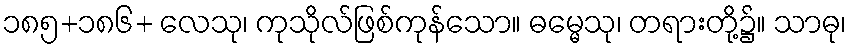
၁၈၅+၁၈၆+ လေသု၊ ကုသိုလ်ဖြစ်ကုန်သော။ ဓမ္မေသု၊ တရားတို့၌။ သာဓု၊